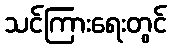
သင်ကြားရေးတွင်